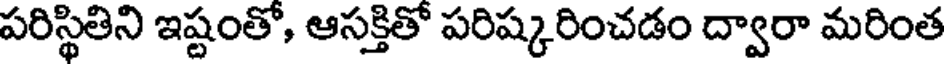
పరిస్థితిని ఇష్టంతో, ఆసక్తితో పరిష్కరించడం ద్వారా మరింత